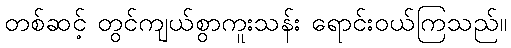
တစ်ဆင့် တွင်ကျယ်စွာကူးသန်း ရောင်းဝယ်ကြသည်။